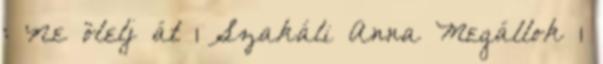
: Ne ölelj át 1 Szakáli Anna Megállok 1